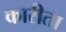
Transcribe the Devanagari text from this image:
कारीता